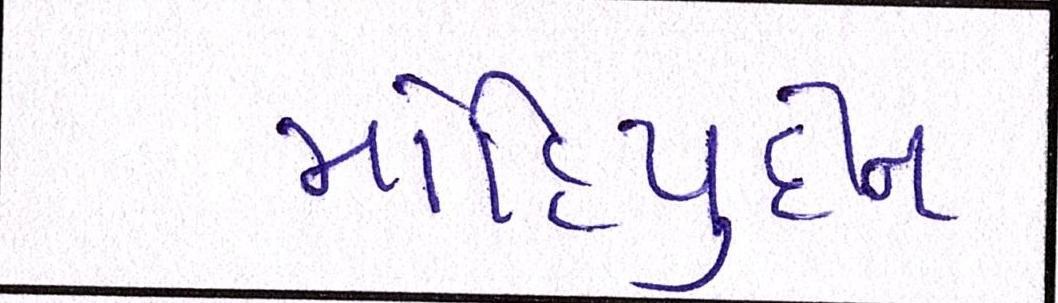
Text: મોહિયુદ્દીન